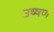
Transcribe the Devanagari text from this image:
उष्षण